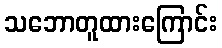
သဘောတူထားကြောင်း